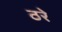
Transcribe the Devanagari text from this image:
ठरे